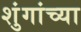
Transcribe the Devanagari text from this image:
शुंगांच्या